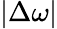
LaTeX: |\Delta\omega|